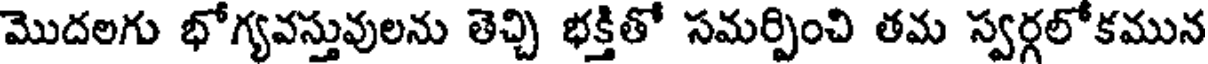
మొదలగు భోగ్యవస్తువులను తెచ్చి భక్తితో సమర్పించి తమ స్వర్గలోకమున